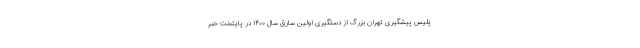
پلیس پیشگیری تهران بزرگ از دستگیری اولین سارق سال ۱۴۰۰ در پایتخت خبر